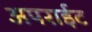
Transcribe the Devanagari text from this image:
अपराईट